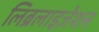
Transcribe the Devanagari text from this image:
लिब्रलाइज़ेशन